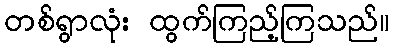
တစ်ရွာလုံး ထွက်ကြည့်ကြသည်။